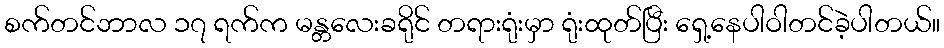
စက်တင်ဘာလ ၁၇ ရက်က မန္တလေးခရိုင် တရားရုံးမှာ ရုံးထုတ်ပြီး ရှေ့နေပါဝါတင်ခဲ့ပါတယ်။